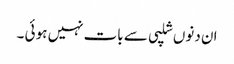
ان دنوں شلپی سے بات نہیں ہو ئی ۔